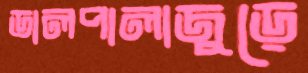
ডালপালাজুড়ে